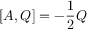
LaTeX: [ A , Q ] = - { \frac { 1 } { 2 } } Q